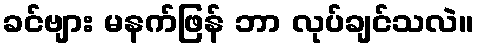
ခင်ဗျား မနက်ဖြန် ဘာ လုပ်ချင်သလဲ။